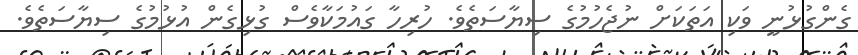
ގެންގުޅުނީ ވަކި އަތަކަށް ނުޖެހުމުގެ ސިޔާސަތެވެ. ހުރިހާ ގައުމަކާވެސް ގުޅިގެން އުޅުމުގެ ސިޔާސަތެވެ.